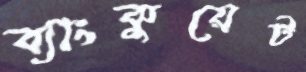
ব্যাংকুয়েট